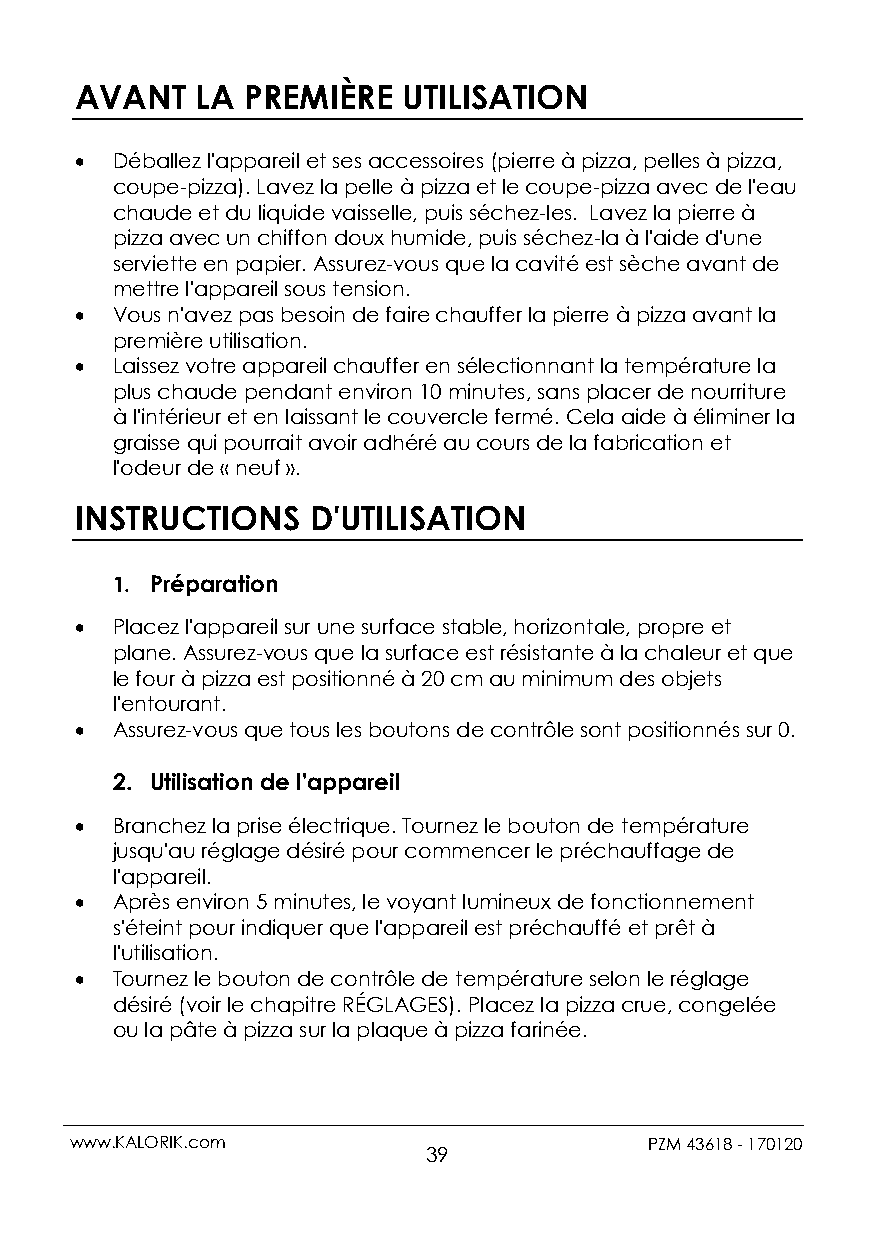
AVANT   LA PREMIÈRE   UTILISATION
  Déballez l'appareil et ses accessoires (pierre à pizza, pelles à pizza,
 coupe-pizza). Lavez la pelle à pizza et le coupe-pizza avec de l'eau
 chaude et du liquide vaisselle, puis séchez-les. Lavez la pierre à
 pizza avec un chiffon doux humide, puis séchez-la à l'aide d'une
 serviette en papier. Assurez-vous que la cavité est sèche avant de
 mettre l'appareil sous tension.
  Vous n'avez pas besoin de faire chauffer la pierre à pizza avant la
 première utilisation.
  Laissez votre appareil chauffer en sélectionnant la température la
 plus chaude pendant environ 10 minutes, sans placer de nourriture
 à l'intérieur et en laissant le couvercle fermé. Cela aide à éliminer la
 graisse qui pourrait avoir adhéré au cours de la fabrication et
 l'odeur de « neuf ».
 INSTRUCTIONS   D'UTILISATION
 1. Préparation
  Placez l'appareil sur une surface stable, horizontale, propre et
 plane. Assurez-vous que la surface est résistante à la chaleur et que
 le four à pizza est positionné à 20 cm au minimum des objets
 l'entourant.
  Assurez-vous que tous les boutons de contrôle sont positionnés sur 0.
 2. Utilisation de l'appareil
  Branchez la prise électrique. Tournez le bouton de température
 jusqu'au réglage désiré pour commencer le préchauffage de
 l'appareil.
  Après environ 5 minutes, le voyant lumineux de fonctionnement
 s'éteint pour indiquer que l'appareil est préchauffé et prêt à
 l'utilisation.
  Tournez le bouton de contrôle de température selon le réglage
 désiré (voir le chapitre RÉGLAGES). Placez la pizza crue, congelée
 ou la pâte à pizza sur la plaque à pizza farinée.
 www.KALORIK.com                       PZM 43618 - 170120
 39